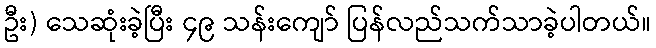
ဦး) သေဆုံးခဲ့ပြီး ၄၉ သန်းကျော် ပြန်လည်သက်သာခဲ့ပါတယ်။